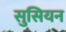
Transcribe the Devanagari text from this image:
सुसियन